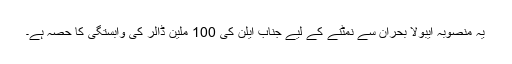
یہ منصوبہ ایبولا بحران سے نمٹنے کے لیے جناب ایلن کی 100 ملین ڈالر کی وابستگی کا حصہ ہے۔